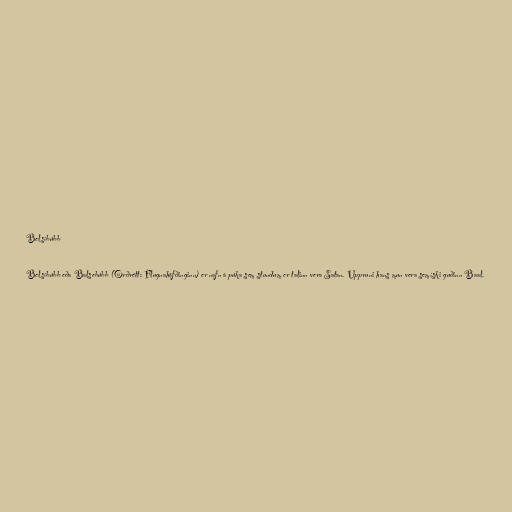
Belsíbúbb

Belsíbúbb eða Balsebúbb (Orðrétt: Flugnahöfðinginn) er nafn á púka sem stundum er talinn vera Satan. Uppruni hans mun vera semíski guðinn Baal.